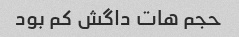
حجم هات داگش کم بود